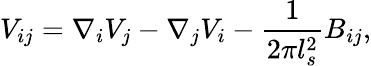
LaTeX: V_{ij}=\nabla_{i}V_{j}-\nabla_{j}V_{i}-\frac{1}{2\pi l_{s}^{2}}B_{ij},